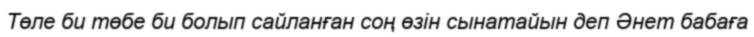
Төле би төбе би болып сайланған соң өзін сынатайын деп Әнет бабаға